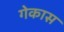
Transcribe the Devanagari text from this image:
गेकास